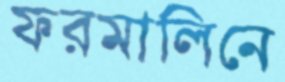
ফরমালিনে